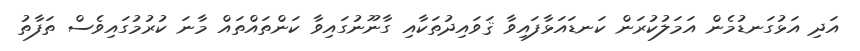
އަދި އަޅުގަނޑުމެން އަމަލުކުރަން ކަނޑައަޅާފައިވާ ޤަވައިދުތަކާއި ގާނޫނުގައިވާ ކަންތައްތައް މާނަ ކުރުމުގައިވެސް ތަފާތު